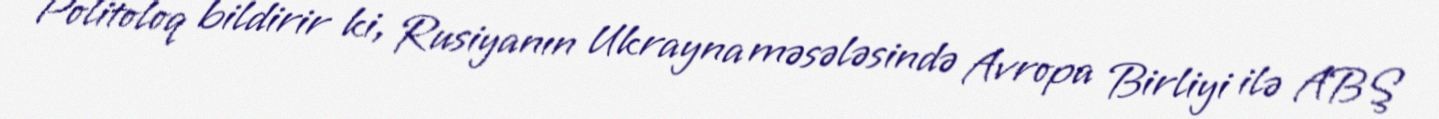
Politoloq bildirir ki, Rusiyanın Ukrayna məsələsində Avropa Birliyi ilə ABŞ